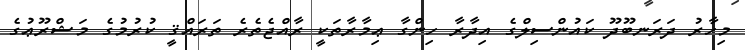
މިހާރު ދަރަނބޫދޫ ކައުންސިލްގެ އިދާރާ ހިންގާ ޢިމާރާތަކީ ރާއްޖެތެރެ ތަރައްޤީ ކުރުމުގެ މަޝްރޫޢުގެ